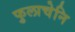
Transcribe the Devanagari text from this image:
फुलाचेनि